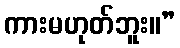
ကားမဟုတ်ဘူး။”